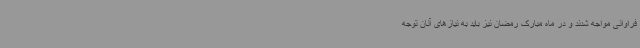
فراوانی مواجه شدند و در ماه مبارک رمضان نیز باید به نیازهای آنان توجه